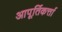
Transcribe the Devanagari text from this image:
आपूर्तिकर्त्ता